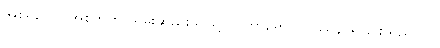
အစရှိသော အစိတ်ကို သိမ်းဆည်းသဖြင့်။ ဝိဟာရော၊ ဝိပဿနာရှုခြင်းသည်။ ဝါ၊